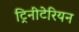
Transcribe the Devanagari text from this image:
ट्रिनीटेरियन